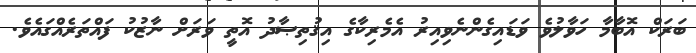
ބަރަކް އޮބާމާ ހަވާލުވެ ވަޑައިގެންނެވިއިރު އެމެރިކާގެ އިޤުތިޞާދު އޮތީ ވަރަށް ނާޒުކު ފައްތަރެއްގައެވެ.